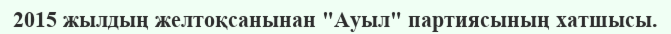
2015 жылдың желтоқсанынан "Ауыл" партиясының хатшысы.